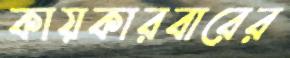
কায়কারবারের